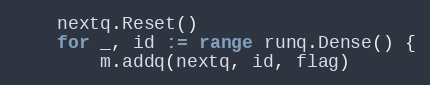
Language: Go
	nextq.Reset()
	for _, id := range runq.Dense() {
		m.addq(nextq, id, flag)